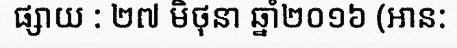
ផ្សាយ : ២៧ មិថុនា ឆ្នាំ២០១៦ (អាន: